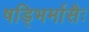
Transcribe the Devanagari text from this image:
षड्भिर्मासैः